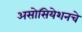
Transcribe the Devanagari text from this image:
असोसियेशनचे